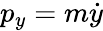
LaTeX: p_{y}=m{\dot{y}}